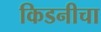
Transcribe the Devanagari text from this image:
किडनीचा